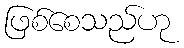
ဖြစ်စေသည်ဟု